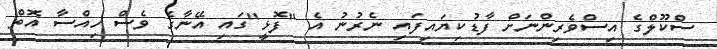
ސްކޫލްގެ އިސްވެރިންނަށް ފާޑުކިޔައިފައި ނެރުނު އެ "ފޮޅީ"ގައި އޭނާގެ ވެސް ހިއްސާ އޮތް